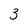
Character: 3